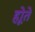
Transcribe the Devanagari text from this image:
होूते